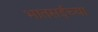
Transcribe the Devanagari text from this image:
भातसईच्या